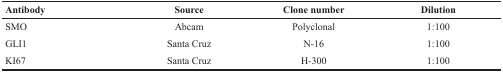
<table><thead><tr><td><b>Antibody</b></td><td><b>Source</b></td><td><b>Clone number</b></td><td><b>Dilution</b></td></tr></thead><tbody><tr><td>SMO</td><td>Abcam</td><td>Polyclonal</td><td>1:100</td></tr><tr><td>GLI1</td><td>Santa Cruz</td><td>N-16</td><td>1:100</td></tr><tr><td>KI67</td><td>Santa Cruz</td><td>H-300</td><td>1:100</td></tr></tbody></table>